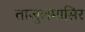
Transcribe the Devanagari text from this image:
ताजुलमासिर